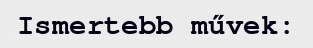
Ismertebb művek: